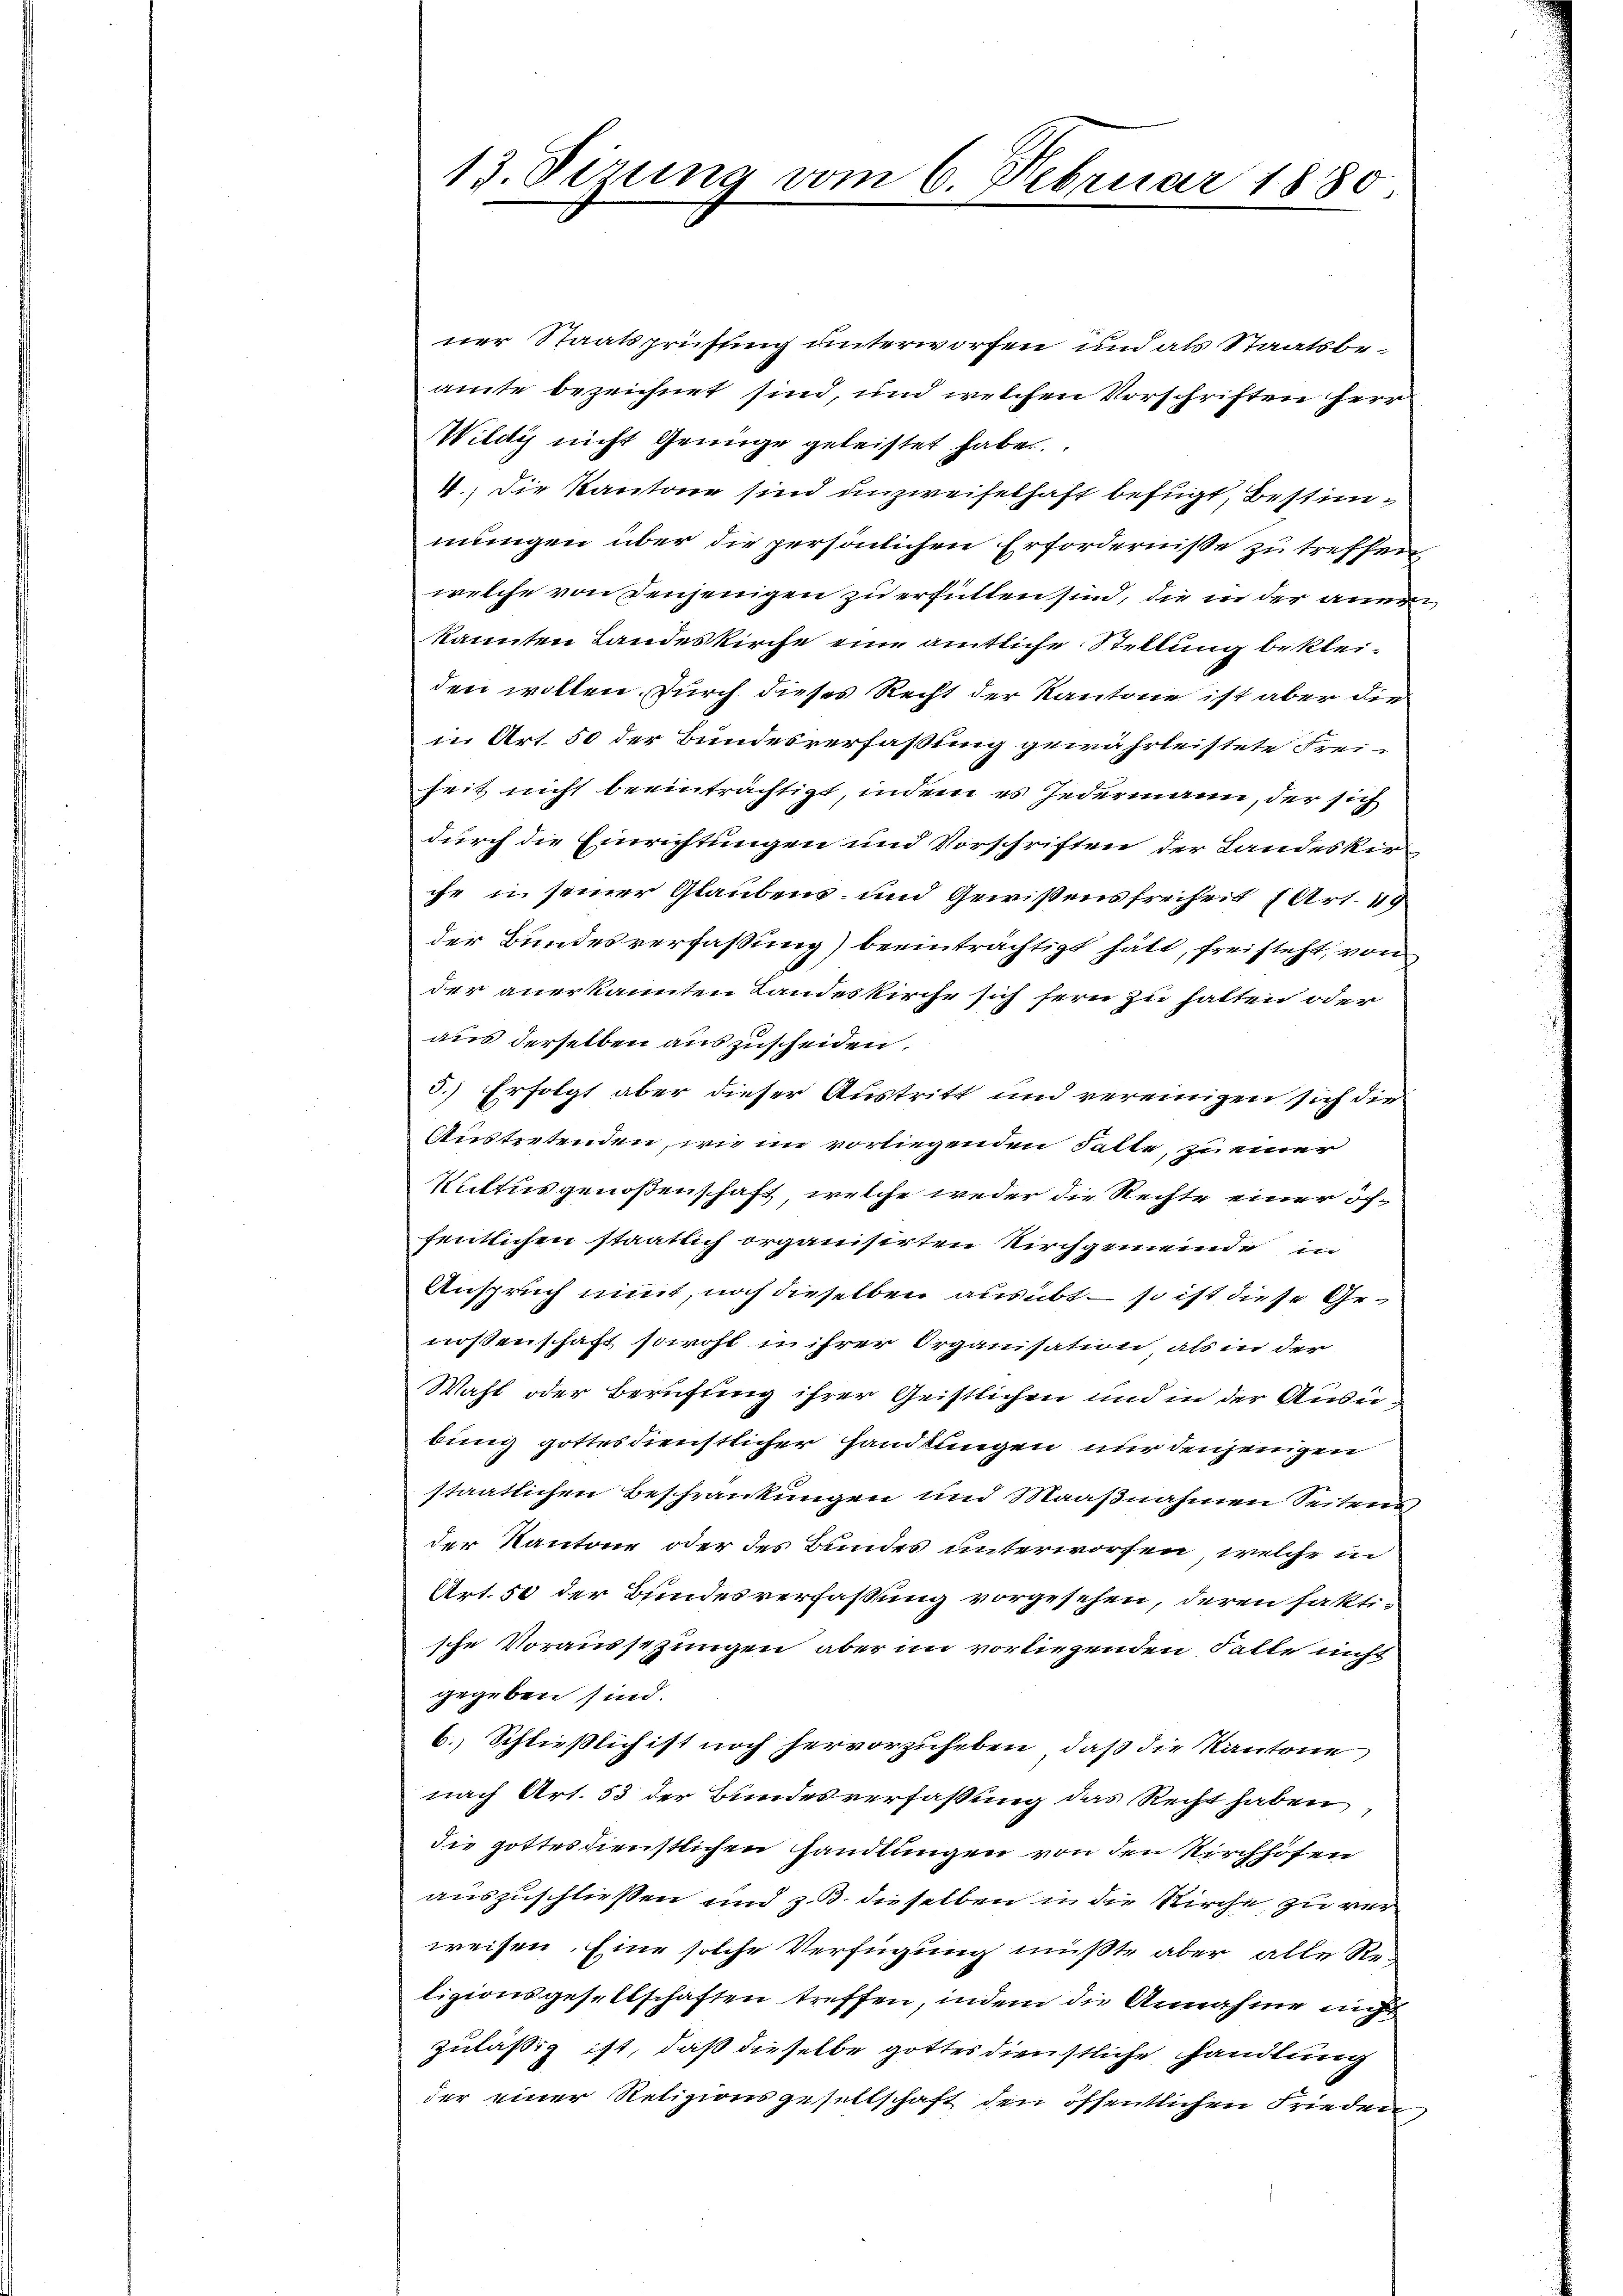
13. Sizung vom 6. Februar 1880

ner Staatsprüfung unterworfen und als Staatsbeamte bezeichnet sind, und welchen Vorschriften Herr
Wildy nicht Genüge geleistet haben.
4.) Die Kantone sind unzweifelhaft befügt, bestimmungen über die persönlichen Erforderniße zu treffen,
welche von denjenigen zu erfüllen sind, die in der aner
kannten Landeskirche eine amtliche Stellung bekleiden wollen durch dieses Recht der Kantone ist aber die
i. Art. 50 der Bundesverfaßung gewährleistete Freiheit nicht beeinträchtigt, indem es jedermann, der sich
durch die Einrichtungen und Vorschriften der Landeskirche in seiner Glaubens- und Gewissensfreiheit (Art. 49
der Bundesverfassung) beeinträchtigt hätt, freisteht, von
der anerkannten Landeskirche sich fern zu halten oder
aus derselben auszuscheiden.
5.) Erfolgt aber dieser Austritt und vereinigen sich die
Austretenden, wie im vorliegenden Falte, zu einer
Kultus genoßenschaft, welche weder die Rechte einer öffentlichen staatlich organisirten Kirchgemeinde in
Anspruch nimmt, noch dieselben ausübt – so ist diese Genossenschaft sowohl in ihrer Organisation als in der
Wahl oder Berufung ihrer Geistlichen und in der Ausibung gottesdienstlicher Handlungen nur denjenigen
staatlichen Beschränkungen und Maaßnahmen Seitens
der Kantone oder des Bundes unterworfen, welche in
Art. 50 der Bundesverfassung vorgesehen, deren fakti-
sche Voraussezungen aber im vorliegenden Falle nicht
gegeben sind.
6. Schließlich ist noch hervorzuheben, daß die Kantone
nach Art. 53 der Bundesverfassung das Recht haben
die gottesdienstlichen Handlungen von den Kirchhöfen
auszuschließen und z. 3. dieselben in die Kirche zu verweisen. Eine solche Verfügung müßte aber alle Religionsgesellschaften treffen, indem die Annahme nicht
zulässig ist, daß dieselbe gottesdienstliche handlung
der einer Religionsgesellschaft den öffentlichen Frieden